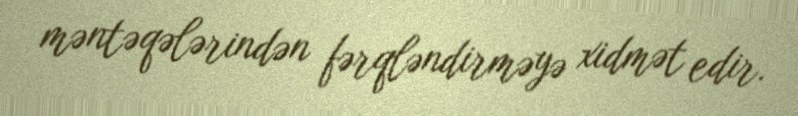
məntəqələrindən fərqləndirməyə xidmət edir.